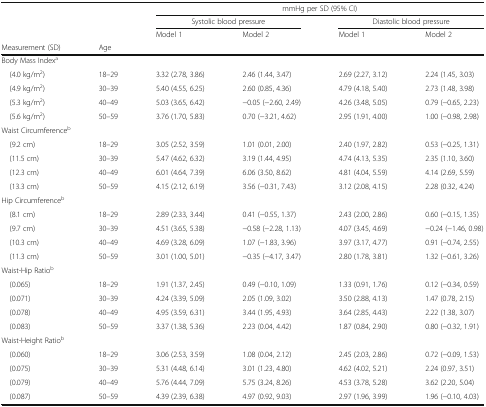
<table><thead><tr><td rowspan="3"></td><td rowspan="3"></td><td colspan="4"><b>mmHg per SD (95% CI)</b></td></tr><tr><td colspan="2"><b>Systolic blood pressure</b></td><td colspan="2"><b>Diastolic blood pressure</b></td></tr><tr><td><b>Model 1</b></td><td><b>Model 2</b></td><td><b>Model 1</b></td><td><b>Model 2</b></td></tr><tr><td><b>Measurement (SD)</b></td><td><b>Age</b></td><td></td><td></td><td></td><td></td></tr></thead><tbody><tr><td colspan="6">Body Mass Index<sup>a</sup></td></tr><tr><td> (4.0 kg/m<sup>2</sup>)</td><td>18–29</td><td>3.32 (2.78, 3.86)</td><td>2.46 (1.44, 3.47)</td><td>2.69 (2.27, 3.12)</td><td>2.24 (1.45, 3.03)</td></tr><tr><td> (4.9 kg/m<sup>2</sup>)</td><td>30–39</td><td>5.40 (4.55, 6.25)</td><td>2.60 (0.85, 4.36)</td><td>4.79 (4.18, 5.40)</td><td>2.73 (1.48, 3.98)</td></tr><tr><td> (5.3 kg/m<sup>2</sup>)</td><td>40–49</td><td>5.03 (3.65, 6.42)</td><td>−0.05 (−2.60, 2.49)</td><td>4.26 (3.48, 5.05)</td><td>0.79 (−0.65, 2.23)</td></tr><tr><td> (5.6 kg/m<sup>2</sup>)</td><td>50–59</td><td>3.76 (1.70, 5.83)</td><td>0.70 (−3.21, 4.62)</td><td>2.95 (1.91, 4.00)</td><td>1.00 (−0.98, 2.98)</td></tr><tr><td colspan="6">Waist Circumference<sup>b</sup></td></tr><tr><td> (9.2 cm)</td><td>18–29</td><td>3.05 (2.52, 3.59)</td><td>1.01 (0.01, 2.00)</td><td>2.40 (1.97, 2.82)</td><td>0.53 (−0.25, 1.31)</td></tr><tr><td> (11.5 cm)</td><td>30–39</td><td>5.47 (4.62, 6.32)</td><td>3.19 (1.44, 4.95)</td><td>4.74 (4.13, 5.35)</td><td>2.35 (1.10, 3.60)</td></tr><tr><td> (12.3 cm)</td><td>40–49</td><td>6.01 (4.64, 7.39)</td><td>6.06 (3.50, 8.62)</td><td>4.81 (4.04, 5.59)</td><td>4.14 (2.69, 5.59)</td></tr><tr><td> (13.3 cm)</td><td>50–59</td><td>4.15 (2.12, 6.19)</td><td>3.56 (−0.31, 7.43)</td><td>3.12 (2.08, 4.15)</td><td>2.28 (0.32, 4.24)</td></tr><tr><td colspan="6">Hip Circumference<sup>b</sup></td></tr><tr><td> (8.1 cm)</td><td>18–29</td><td>2.89 (2.33, 3.44)</td><td>0.41 (−0.55, 1.37)</td><td>2.43 (2.00, 2.86)</td><td>0.60 (−0.15, 1.35)</td></tr><tr><td> (9.7 cm)</td><td>30–39</td><td>4.51 (3.65, 5.38)</td><td>−0.58 (−2.28, 1.13)</td><td>4.07 (3.45, 4.69)</td><td>−0.24 (−1.46, 0.98)</td></tr><tr><td> (10.3 cm)</td><td>40–49</td><td>4.69 (3.28, 6.09)</td><td>1.07 (−1.83, 3.96)</td><td>3.97 (3.17, 4.77)</td><td>0.91 (−0.74, 2.55)</td></tr><tr><td> (11.3 cm)</td><td>50–59</td><td>3.01 (1.00, 5.01)</td><td>−0.35 (−4.17, 3.47)</td><td>2.80 (1.78, 3.81)</td><td>1.32 (−0.61, 3.26)</td></tr><tr><td colspan="6">Waist-Hip Ratio<sup>b</sup></td></tr><tr><td> (0.065)</td><td>18–29</td><td>1.91 (1.37, 2.45)</td><td>0.49 (−0.10, 1.09)</td><td>1.33 (0.91, 1.76)</td><td>0.12 (−0.34, 0.59)</td></tr><tr><td> (0.071)</td><td>30–39</td><td>4.24 (3.39, 5.09)</td><td>2.05 (1.09, 3.02)</td><td>3.50 (2.88, 4.13)</td><td>1.47 (0.78, 2.15)</td></tr><tr><td> (0.078)</td><td>40–49</td><td>4.95 (3.59, 6.31)</td><td>3.44 (1.95, 4.93)</td><td>3.64 (2.85, 4.43)</td><td>2.22 (1.38, 3.07)</td></tr><tr><td> (0.083)</td><td>50–59</td><td>3.37 (1.38, 5.36)</td><td>2.23 (0.04, 4.42)</td><td>1.87 (0.84, 2.90)</td><td>0.80 (−0.32, 1.91)</td></tr><tr><td colspan="6">Waist-Height Ratio<sup>b</sup></td></tr><tr><td> (0.060)</td><td>18–29</td><td>3.06 (2.53, 3.59)</td><td>1.08 (0.04, 2.12)</td><td>2.45 (2.03, 2.86)</td><td>0.72 (−0.09, 1.53)</td></tr><tr><td> (0.075)</td><td>30–39</td><td>5.31 (4.48, 6.14)</td><td>3.01 (1.23, 4.80)</td><td>4.62 (4.02, 5.21)</td><td>2.24 (0.97, 3.51)</td></tr><tr><td> (0.079)</td><td>40–49</td><td>5.76 (4.44, 7.09)</td><td>5.75 (3.24, 8.26)</td><td>4.53 (3.78, 5.28)</td><td>3.62 (2.20, 5.04)</td></tr><tr><td> (0.087)</td><td>50–59</td><td>4.39 (2.39, 6.38)</td><td>4.97 (0.92, 9.03)</td><td>2.97 (1.96, 3.99)</td><td>1.96 (−0.10, 4.03)</td></tr></tbody></table>